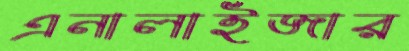
এনালাইজার